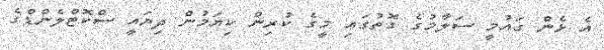
އެ ޅެން ގައުމީ ސަލާމުގެ ގޮތުގައި މީގެ ކުރިން ކިޔަމުން ދިޔައީ ސްކޮޓްލެންޑްގެ